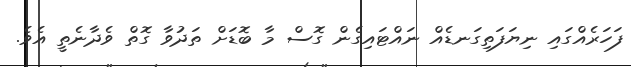
ފަހަރެއްގައި ނިޔަފަތިގަނޑެއް ނައްޓައިގެން ގޮސް މާ ބޮޑަށް ތަދުވާ ގޮތް ވެދާނެތީ އެވެ.